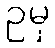
ဥမှ